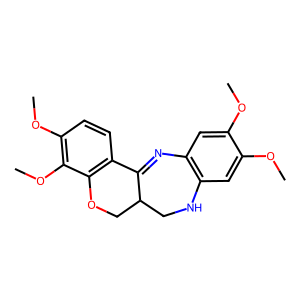
SMILES: COc1cc2c(cc1OC)NCC1COc3c(ccc(OC)c3OC)C1=N2
Inhibits HIV replication: No